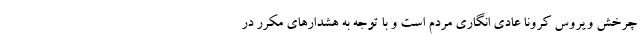
چرخش ویروس کرونا عادی انگاری مردم است و با توجه به هشدارهای مکرر در